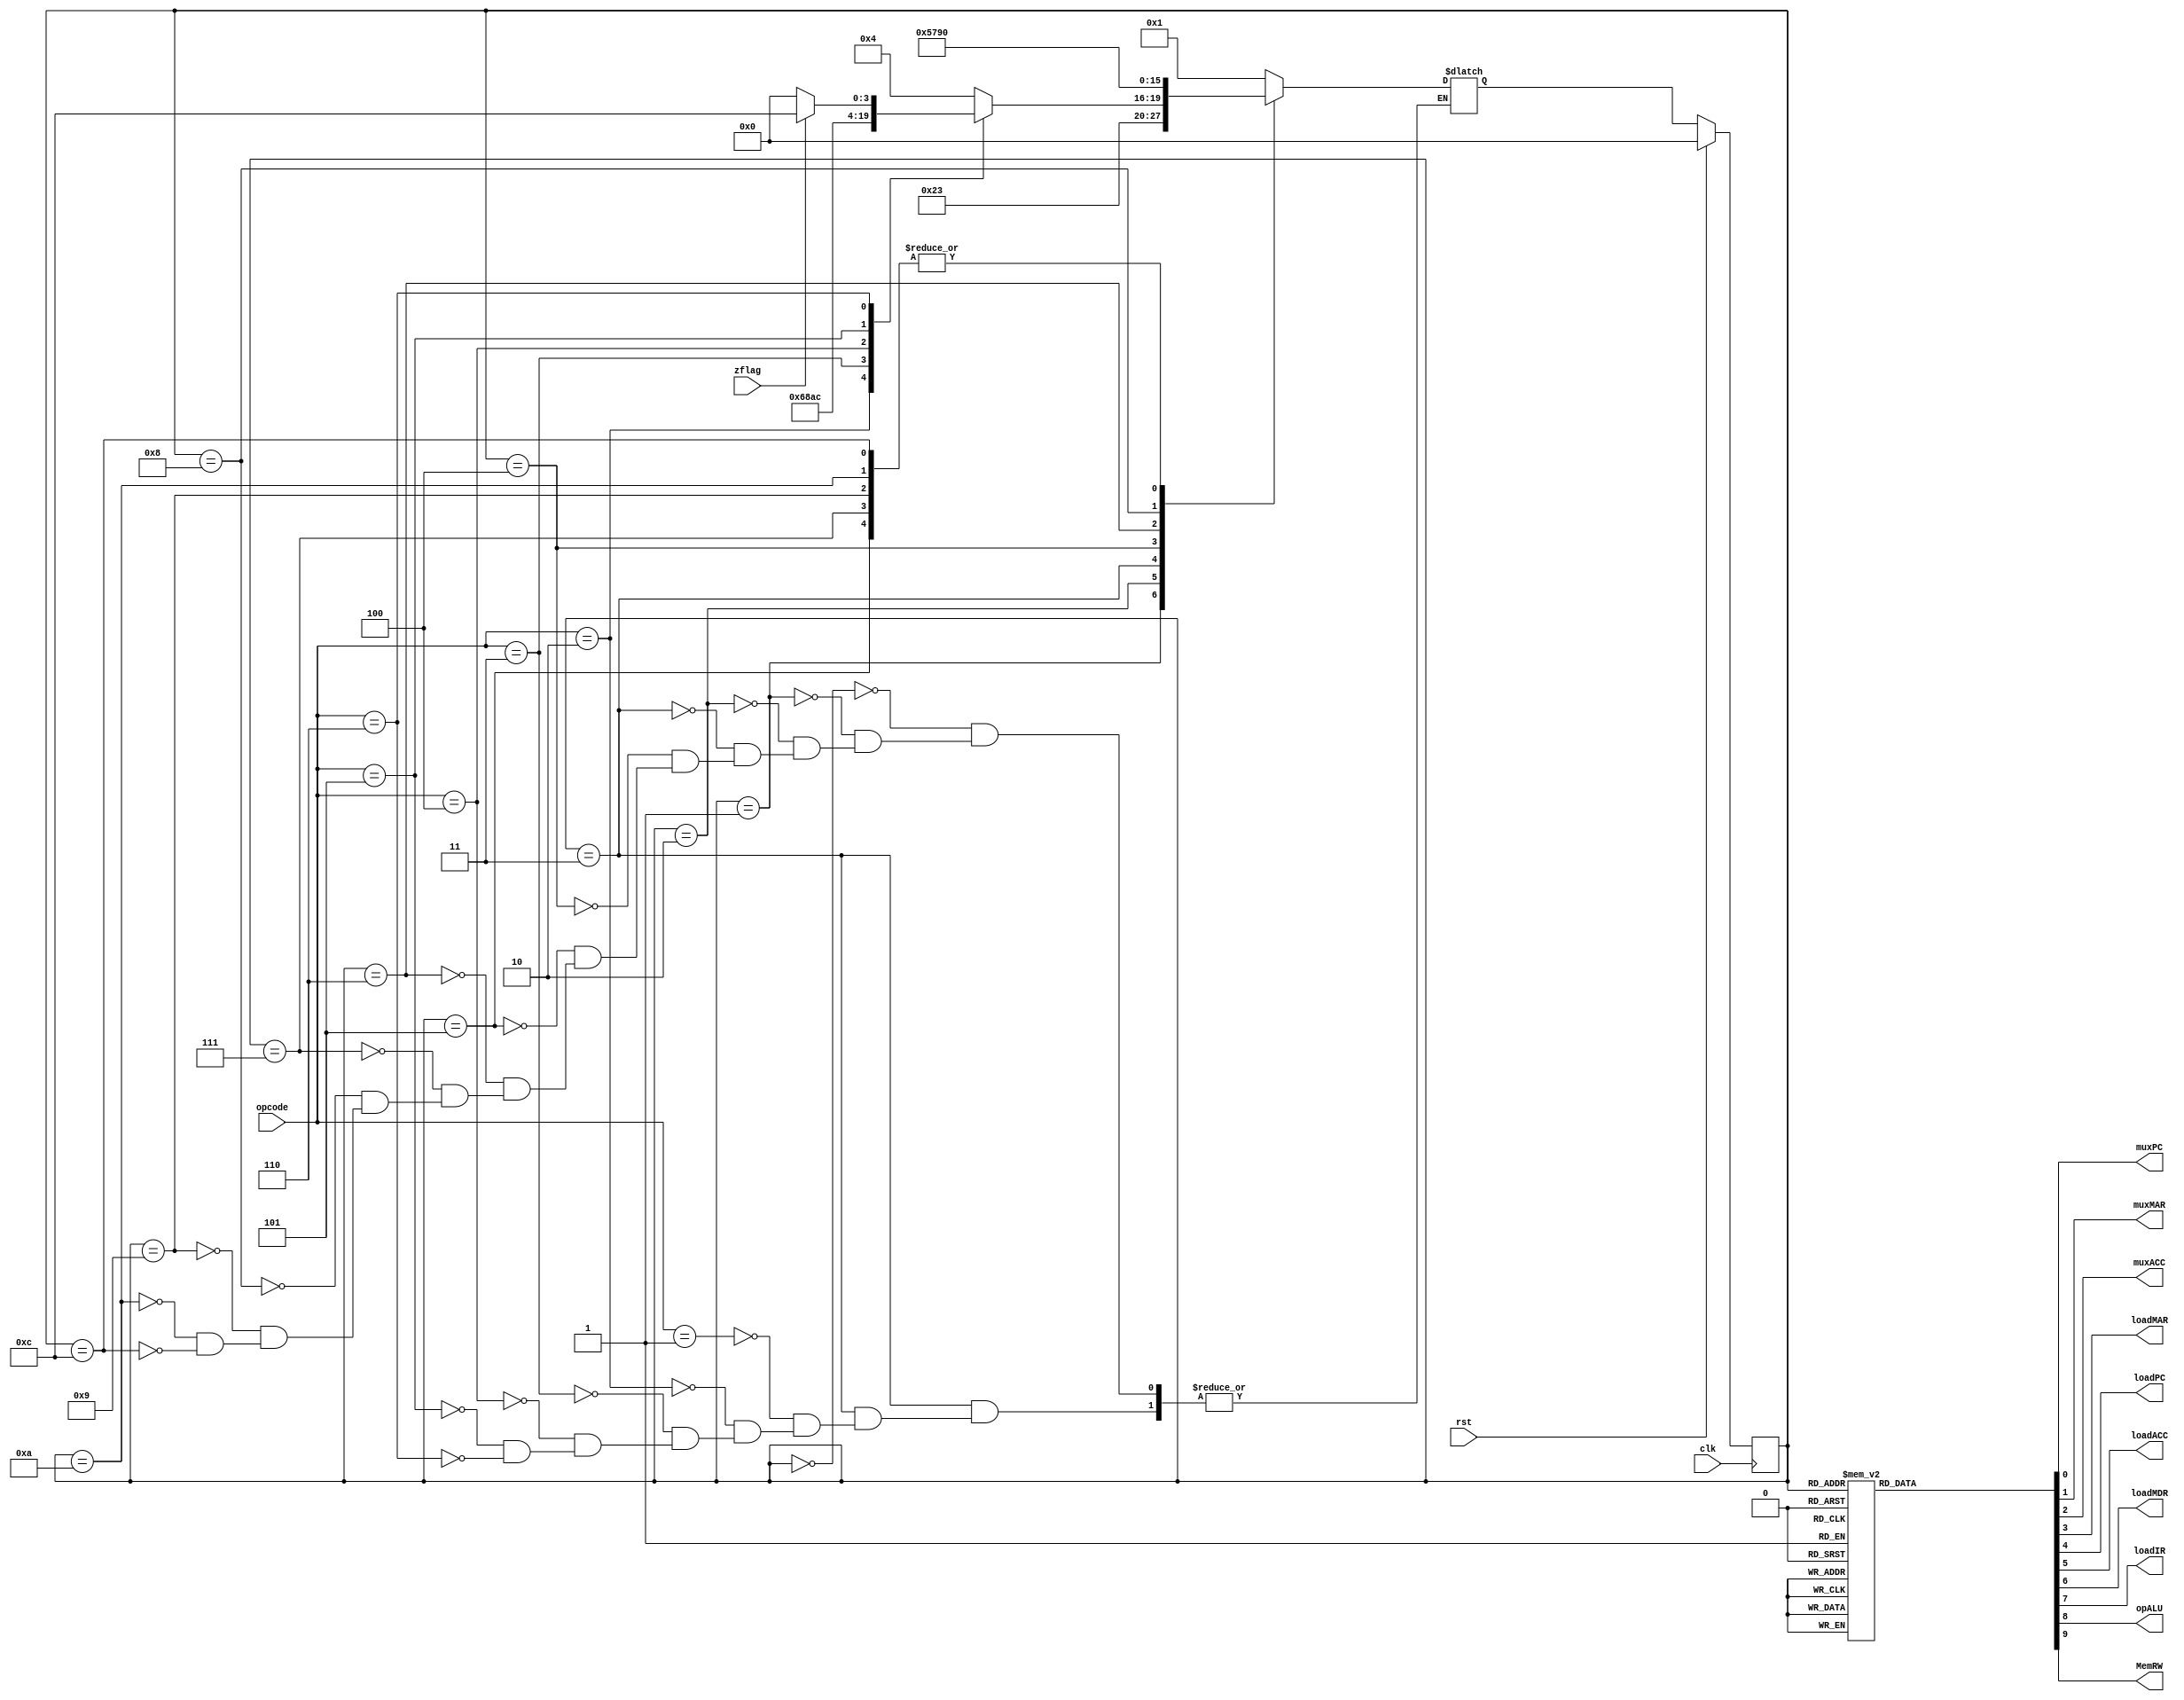
// ECE 310 Project 1
// Sam Eddy
module ctr (
           clk,
           rst,
		   zflag,
           opcode,
           muxPC,
           muxMAR,
           muxACC,
           loadMAR,
           loadPC,
           loadACC,
           loadMDR,
           loadIR,
           opALU,
           MemRW
);
parameter d_width=16, addr_width=8, mem_depth=256;
parameter Fetch_1=4'b0000;
parameter Fetch_2=4'b0001;
parameter Fetch_3=4'b0010;
parameter Decode=4'b0011;
parameter ExecADD_1=4'b0100;
parameter ExecADD_2=4'b0101;
parameter ExecOR_1=4'b0110;
parameter ExecOR_2=4'b0111;
parameter ExecLoad_1=4'b1000;
parameter ExecLoad_2=4'b1001;
parameter ExecStore_1=4'b1010;
parameter ExecStore_2=4'b1011;
parameter ExecJump=4'b1100;

parameter op_add=8'b001;
parameter op_or= 8'b010;
parameter op_load=8'b011;
parameter op_store=8'b100;
parameter op_jump=8'b101;
parameter op_jumpz=8'b110;

           input clk;
           input rst;
		   input zflag;
           input [addr_width-1:0]opcode;
           output reg muxPC;
           output reg muxMAR;
           output reg muxACC;
           output reg loadMAR;
           output reg loadPC;
           output reg loadACC;
           output reg loadMDR;
           output reg loadIR;
           output reg opALU;
           output reg MemRW;
		   
		   reg [3:0]state_reg;
		   reg [3:0]state_next;
		   

  always @ ( posedge clk )
 begin
   if( rst )
     state_reg =  Fetch_1 ;
   else
     state_reg= state_next ;
 end


  always @ (state_reg or opcode or zflag)
  begin
    case (state_reg)
      Fetch_1:	 
        state_next = Fetch_2;  
       Fetch_2: 
        state_next = Fetch_3;  
       Fetch_3:	 
        state_next = Decode;  
       Decode: 
	     begin
		  case (opcode)
		     op_add:	
			    state_next = ExecADD_1;  
			 op_or:	 
			    state_next = ExecOR_1;  
			 op_load:	
             state_next = ExecLoad_1;  			  
			 op_store:	 
             state_next = ExecStore_1;  			  
			 op_jump: 
             state_next = ExecJump;  
			 op_jumpz:
             begin	
               if( zflag == 1'b1 )			 
			    state_next = ExecJump;  
			   else
               state_next = Fetch_1;  
			end
			endcase
		end	

       ExecADD_1:	 
        state_next = ExecADD_2;  
      ExecADD_2:	 
        state_next = Fetch_1;  
 
      ExecOR_1:	 
        state_next = ExecOR_2;  
      ExecOR_2:	 
        state_next = Fetch_1;  
		  
      ExecLoad_1:	 
        state_next = ExecLoad_2;  
      ExecLoad_2:	 
        state_next = Fetch_1;  
		  
      ExecStore_1:	  
        state_next = Fetch_1;  

      ExecJump:	 
        state_next = Fetch_1;  

    endcase
end				 

   always @ (state_reg )
  begin
  
    muxPC = 1'b0; 
    muxMAR = 1'b0; 
    muxACC = 1'b0; 
    loadMAR = 1'b0; 
    loadPC = 1'b0; 
    loadACC = 1'b0; 
    loadMDR = 1'b0; 
    loadIR = 1'b0; 
    opALU = 1'b0; 
    MemRW = 1'b0; 
	 
    case (state_reg)
      Fetch_1:	 
	  begin
	muxPC = 1'b0; 
    muxMAR = 1'b0; 
    muxACC = 1'b0; 
    loadMAR = 1'b1; 
    loadPC = 1'b1; 
    loadACC = 1'b0; 
    loadMDR = 1'b0; 
    loadIR = 1'b0; 
    opALU = 1'b0; 
    MemRW = 1'b0; 
	   end
		  
      Fetch_2:	
	  begin
		    muxPC = 1'b0; 
    muxMAR = 1'b0; 
    muxACC = 1'b0; 
    loadMAR = 1'b0; 
    loadPC = 1'b0; 
    loadACC = 1'b0; 
    loadMDR = 1'b1; 
    loadIR = 1'b0; 
    opALU = 1'b0; 
    MemRW = 1'b0; 
		
		end
		  
      Fetch_3:	 
	  begin
		    muxPC = 1'b0; 
    muxMAR = 1'b0; 
    muxACC = 1'b0; 
    loadMAR = 1'b0; 
    loadPC = 1'b0; 
    loadACC = 1'b0; 
    loadMDR = 1'b0; 
    loadIR = 1'b1; 
    opALU = 1'b0; 
    MemRW = 1'b0; 
		end

		  
      Decode:	 
	  begin
	muxPC = 1'b0; 
    muxMAR = 1'b1; 
    muxACC = 1'b0; 
    loadMAR = 1'b1; 
    loadPC = 1'b0; 
    loadACC = 1'b0; 
    loadMDR = 1'b0; 
    loadIR = 1'b0; 
    opALU = 1'b0; 
    MemRW = 1'b0; 
      end
		  
      ExecADD_1:	
      begin	  
		      muxPC = 1'b0; 
    muxMAR = 1'b0; 
    muxACC = 1'b0; 
    loadMAR = 1'b0; 
    loadPC = 1'b0; 
    loadACC = 1'b0; 
    loadMDR = 1'b1; 
    loadIR = 1'b0; 
    opALU = 1'b0; 
    MemRW = 1'b0; 
		  
		  end
		  
      ExecADD_2:	 
	  begin
        loadACC = 1'b1;
		  muxACC  = 1'b0;
		  opALU   = 1'b1;
		  end
 
 
      ExecOR_1:	 
	  begin
		      muxPC = 1'b0; 
    muxMAR = 1'b0; 
    muxACC = 1'b0; 
    loadMAR = 1'b0; 
    loadPC = 1'b0; 
    loadACC = 1'b0; 
    loadMDR = 1'b1; 
    loadIR = 1'b0; 
    opALU = 1'b0; 
    MemRW = 1'b0; 
		  
		  end

		ExecOR_2:
        begin		
		      muxPC = 1'b0; 
    muxMAR = 1'b0; 
    muxACC = 1'b0; 
    loadMAR = 1'b0; 
    loadPC = 1'b0; 
    loadACC = 1'b1; 
    loadMDR = 1'b0; 
    loadIR = 1'b0; 
    opALU = 1'b0; 
    MemRW = 1'b0; 
		  
         end
 
      ExecLoad_1:	
         begin	  
		      muxPC = 1'b0; 
    muxMAR = 1'b0; 
    muxACC = 1'b0; 
    loadMAR = 1'b0; 
    loadPC = 1'b0; 
    loadACC = 1'b0; 
    loadMDR = 1'b1; 
    loadIR = 1'b0; 
    opALU = 1'b0; 
    MemRW = 1'b0; 
		  
		  
         end		  
		  
      ExecLoad_2:
        begin	  
		      muxPC = 1'b0; 
    muxMAR = 1'b0; 
    muxACC = 1'b1; 
    loadMAR = 1'b0; 
    loadPC = 1'b0; 
    loadACC = 1'b1; 
    loadMDR = 1'b0; 
    loadIR = 1'b0; 
    opALU = 1'b0; 
    MemRW = 1'b0; 
		  
		  
        end		  
 
		  
      ExecStore_1:
        begin	  
	  
		      muxPC = 1'b0; 
    muxMAR = 1'b0; 
    muxACC = 1'b0; 
    loadMAR = 1'b0; 
    loadPC = 1'b0; 
    loadACC = 1'b0; 
    loadMDR = 1'b0; 
    loadIR = 1'b0; 
    opALU = 1'b0; 
    MemRW = 1'b1; 
		  
		  
		  end


      ExecJump:
        begin	  
		      muxPC = 1'b1; 
    muxMAR = 1'b0; 
    muxACC = 1'b0; 
    loadMAR = 1'b0; 
    loadPC = 1'b1; 
    loadACC = 1'b0; 
    loadMDR = 1'b0; 
    loadIR = 1'b0; 
    opALU = 1'b0; 
    MemRW = 1'b0; 
		  
		  
		  end

   endcase  
   
   end
		   
  endmodule